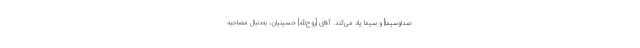
صداوسیما] و سیما یاد مى‌كند. آقاى [روح‌الله] حسینیان، به‌دنبال مصاحبه